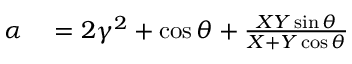
\begin{array} { r l } { \alpha } & { { } = 2 \gamma ^ { 2 } + \cos \theta + \frac { X Y \sin \theta } { X + Y \cos \theta } } \end{array}